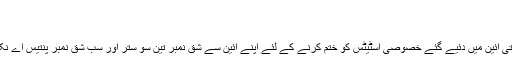
آئینی جارحیت - Newsone Urdu
تحریر: علمدار حیدر
مودی سرکار نے متنازعہ ریاست جموں کشمیر کو بھارتی آئین میں دئیے گئے خصوصی اسٹیٹس کو ختم کرنے کے لئے اپنے آئین سے شق نمبر تین سو ستر اور سب شق نمبر پنتیس اے نکال کو دیا ہے جسے آئینی جا رحیت قرار دیا جاسکتا ہے۔